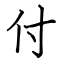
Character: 付